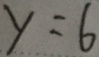
y = 6